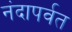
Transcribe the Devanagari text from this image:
नंदापर्वत